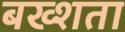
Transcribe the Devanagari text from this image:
बख्शता